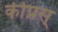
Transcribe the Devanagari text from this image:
कीप्रस्